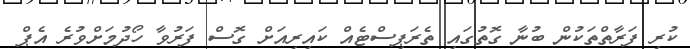
ކުރި ފަރާތްތަކުން ބުނާ ގޮތުގައި ތެރަޕިސްޓެއް ކައިރިއަށް ގޮސް ފަރުވާ ހޯދުމަށްވުރެ އެޕް